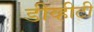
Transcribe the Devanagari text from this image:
डीव्हीटी